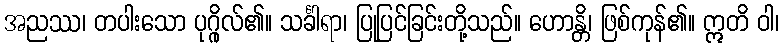
အညဿ၊ တပါးသော ပုဂ္ဂိုလ်၏။ သင်္ခါရာ၊ ပြုပြင်ခြင်းတို့သည်။ ဟောန္တိ၊ ဖြစ်ကုန်၏။ ဣတိ ဝါ၊